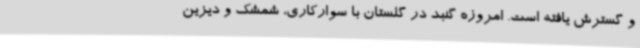
و گسترش یافته است. امروزه گنبد در گلستان با سوارکاری، شمشک و دیزین